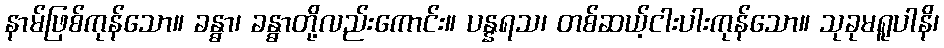
နာမ်ဖြစ်ကုန်သော။ ခန္ဓာ၊ ခန္ဓာတို့လည်းကောင်း။ ပန္နရသ၊ တစ်ဆယ့်ငါးပါးကုန်သော။ သုခုမရူပါနိ၊